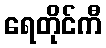
ရေတိုင်ကီ